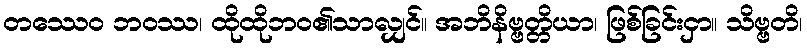
တဿေဝ ဘဝဿ၊ ထိုထိုဘဝ၏သာလျှင်။ အဘိနိဗ္ဗတ္တိယာ၊ ဖြစ်ခြင်းငှာ။ သိဗ္ဗတိ၊